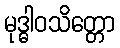
မုဒ္ဓါဝသိတ္တော